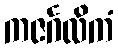
ကဇင်္ဂလိကံ